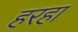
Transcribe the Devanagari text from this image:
हरहा